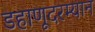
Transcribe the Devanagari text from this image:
डहाणूदरम्यान